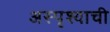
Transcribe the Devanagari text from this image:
अस्पृश्याची